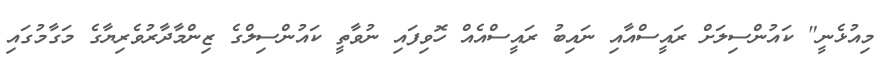
މިއުޅެނީ" ކައުންސިލަށް ރައީސްއާއި ނައިބު ރައީސްއެއް ހޮވިފައި ނުވާތީ ކައުންސިލްގެ ޒިންމާދާރުވެރިޔާގެ މަގާމުގައި